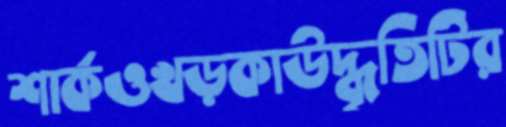
শার্কওখড়কাউদ্ধৃতিটির